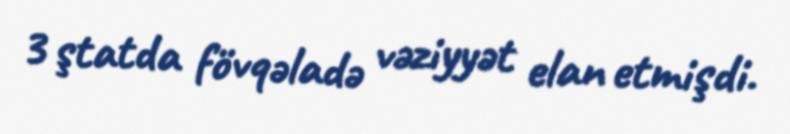
3 ştatda fövqəladə vəziyyət elan etmişdi.